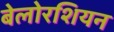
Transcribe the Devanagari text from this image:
बेलोरशियन